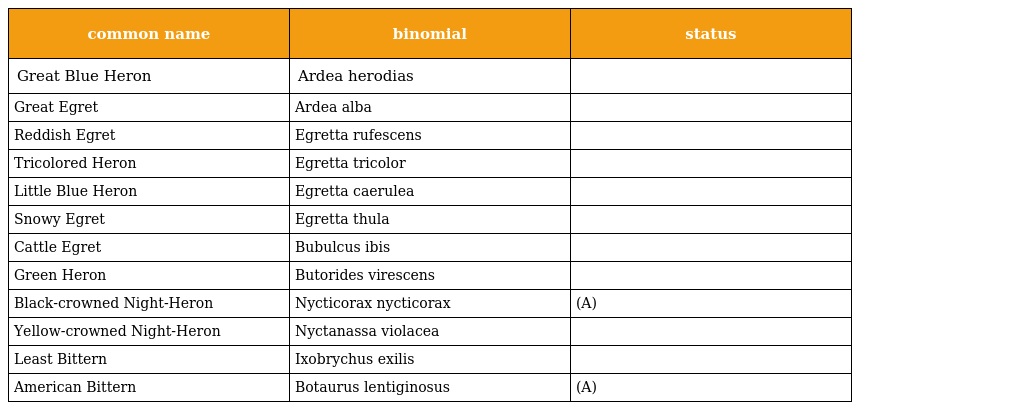
| common name | binomial | status |
 | --- | --- | --- |
 | Great Blue Heron | Ardea herodias |  |
 | Great Egret | Ardea alba |  |
 | Reddish Egret | Egretta rufescens |  |
 | Tricolored Heron | Egretta tricolor |  |
 | Little Blue Heron | Egretta caerulea |  |
 | Snowy Egret | Egretta thula |  |
 | Cattle Egret | Bubulcus ibis |  |
 | Green Heron | Butorides virescens |  |
 | Black-crowned Night-Heron | Nycticorax nycticorax | (A) |
 | Yellow-crowned Night-Heron | Nyctanassa violacea |  |
 | Least Bittern | Ixobrychus exilis |  |
 | American Bittern | Botaurus lentiginosus | (A) |